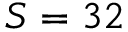
S = 3 2